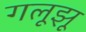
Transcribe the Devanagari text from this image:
गलूझू